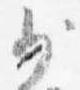
少